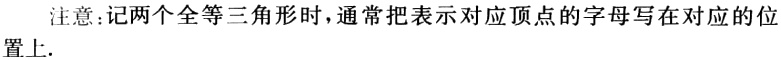
注意:记两个全等三角形时，通常把表示对应顶点的字母写在对应的位置上.